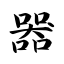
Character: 器